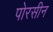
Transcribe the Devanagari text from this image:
पोरसीन